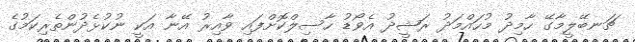
ޗަނބޭލީމާގޭ ހާމިދު މުހައްމަދު ރަޝީދު އެވޯޑު ހާސިލްކޮށްފައި ވާއިރު އޭނާ އަކީ ނުކުޅެދުންތެރިކަމުގެ